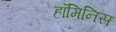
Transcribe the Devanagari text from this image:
हॉमिनिस